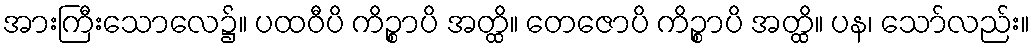
အားကြီးသောလေ၌။ ပထဝီပိ ကိဉ္စာပိ အတ္ထိ။ တေဇောပိ ကိဉ္စာပိ အတ္ထိ။ ပန၊ သော်လည်း။